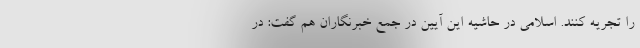
را تجریه کنند. اسلامی در حاشیه این آیین در جمع خبرنگاران هم گفت: در